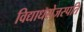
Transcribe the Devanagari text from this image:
विद्याधरोजस्पति